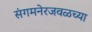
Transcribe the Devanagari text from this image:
संगमनेरजवळच्या